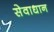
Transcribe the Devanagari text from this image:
सेवाधान